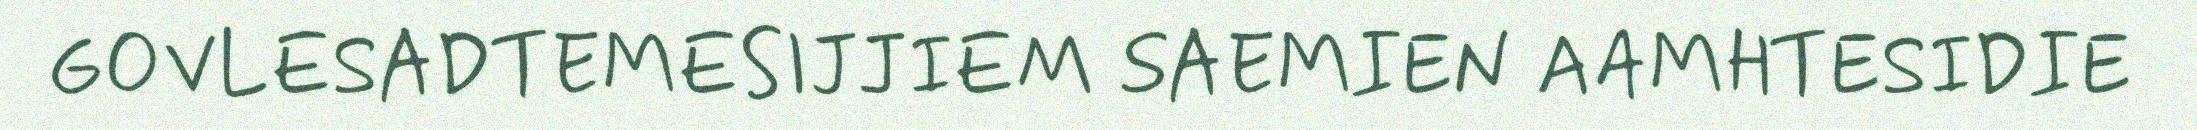
GOVLESADTEMESIJJIEM SAEMIEN AAMHTESIDIE